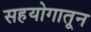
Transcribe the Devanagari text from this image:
सहयोगातून